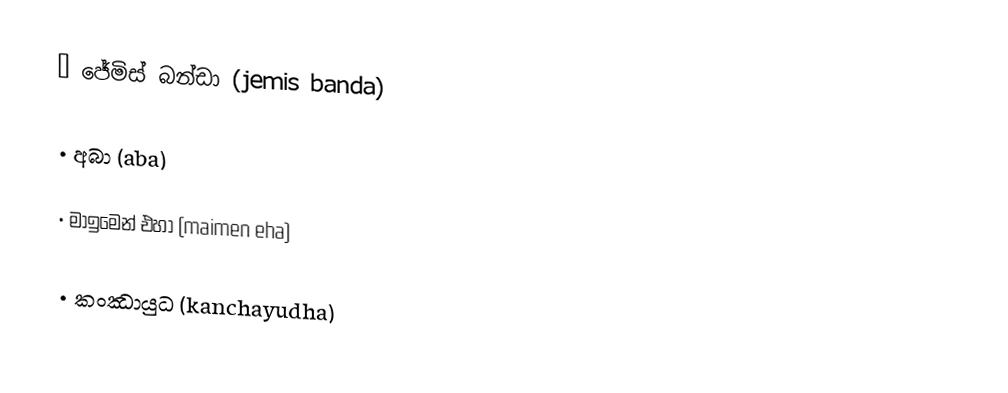
•    ජේමිස් බන්ඩා (jemis banda)

•    අබා (aba)

•    මාඉමෙන් එහා (maimen eha)

•    කංඣායුධ (kanchayudha)